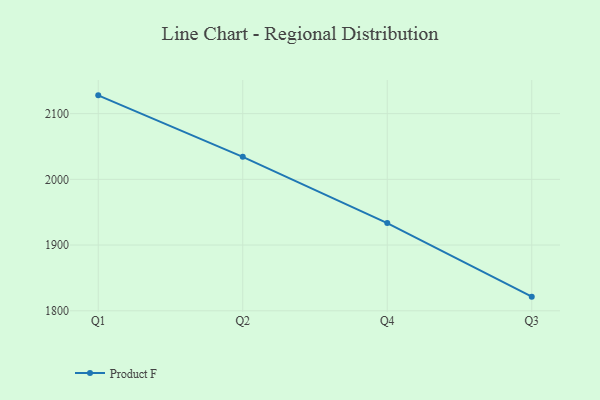
{"axis": {"x": "Quarter", "y": "Latency (ms)"}, "legend": ["Product F"], "data": [{"x": "Q1", "y": 2127.8, "type": "Product F"}, {"x": "Q2", "y": 2034.2, "type": "Product F"}, {"x": "Q4", "y": 1933.5, "type": "Product F"}, {"x": "Q3", "y": 1821.5, "type": "Product F"}]}